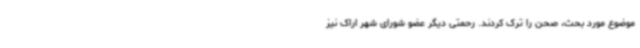
موضوع مورد بحث، صحن را ترک کردند. رحمتی دیگر عضو شورای شهر اراک نیز